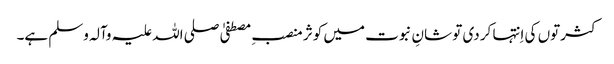
کثرتوں کی اِنتہا کر دی تو شانِ نبوت میں کوثر منصبِ مصطفیٰ صلی اللہ علیہ وآلہ وسلم ہے۔